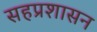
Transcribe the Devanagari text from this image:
सहप्रशासन